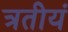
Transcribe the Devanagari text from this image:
त्रतीयं